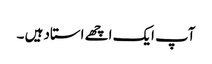
آپ ایک اچھے استاد ہیں ۔